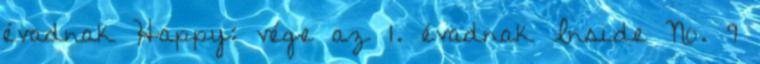
évadnak Happy: vége az 1. évadnak Inside No. 9